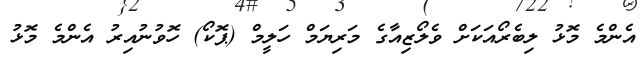
އެންމެ މޮޅު ލިބެރޯއަކަށް ވެލޯޒިއާގެ މަރިޔަމް ހަލީމް (ޕޮކޯ) ހޮވުނުއިރު އެންމެ މޮޅު